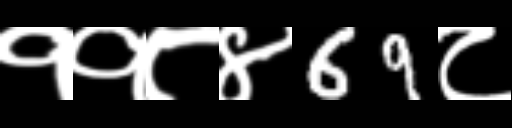
Text: ११८४69८